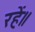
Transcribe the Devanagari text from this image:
रहें॥